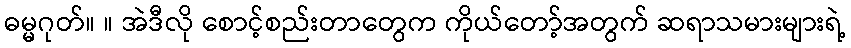
ဓမ္မဂုတ်။ ။ အဲဒီလို စောင့်စည်းတာတွေက ကိုယ်တော့်အတွက် ဆရာသမားများရဲ့